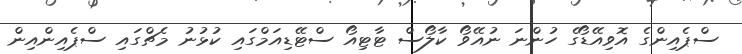
ސްޕެއިންގެ އޮވިއޭޑޯގެ ހުންނަ ނުއޭވޯ ކާލޯސް ޓާޓިއޯ ސްޓޭޑިއަމްގައި ކުޅުނު މެޗްގައި ސްޕެއިންއިން